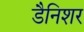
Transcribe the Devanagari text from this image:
डैनिशर